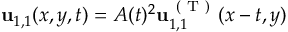
\mathbf { u } _ { 1 , 1 } ( x , y , t ) = A ( t ) ^ { 2 } \mathbf { u } _ { 1 , 1 } ^ { \mathrm { ~ ( ~ T ~ ) ~ } } ( x - t , y )